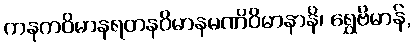
ကနကဝိမာနရတနဝိမာနမဏိဝိမာနာနိ၊ ရွှေဗိမာန်,